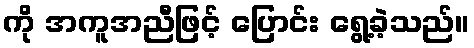
ကို အကူအညီဖြင့် ပြောင်း ရွေ့ခဲ့သည်။